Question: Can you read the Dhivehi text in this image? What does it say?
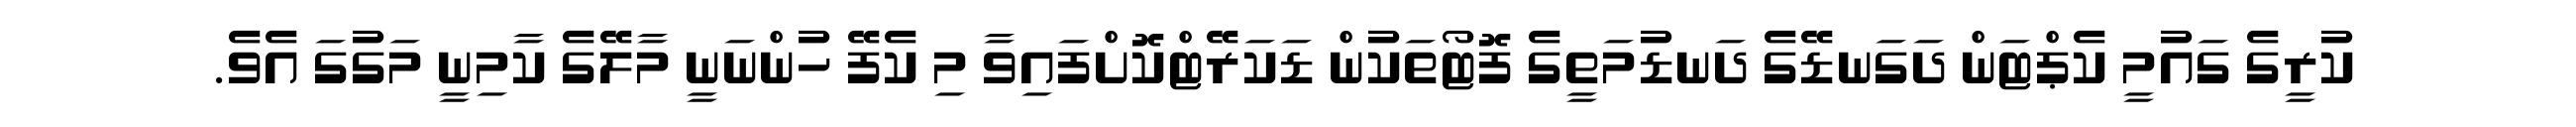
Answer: ކުރީގެ ގައުމީ ކެޕްޓަން ދަގަނޑޭގެ ދަނޑުމަތީގެ ފޮޓޯތަކުން ޑަކަރޭޓްކޮށްފައިވާ މި ކެފޭ ހުންނަނީ މާލޭގެ ކާމިނީ މަގުގަ އެވެ.